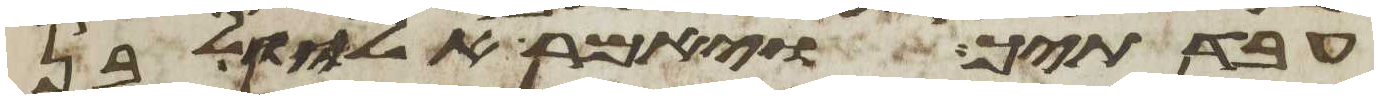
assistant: עבדתיך ויאמר אליו לבן